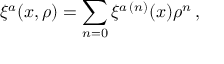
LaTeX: \xi ^ { a } ( x , \rho ) = \sum _ { n = 0 } \xi ^ { a \, ( n ) } ( x ) \rho ^ { n } \, ,